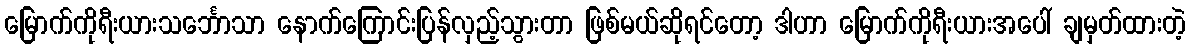
မြောက်ကိုရီးယားသင်္ဘောသာ နောက်ကြောင်းပြန်လှည့်သွားတာ ဖြစ်မယ်ဆိုရင်တော့ ဒါဟာ မြောက်ကိုရီးယားအပေါ် ချမှတ်ထားတဲ့